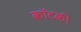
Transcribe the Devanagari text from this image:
कॉटकी